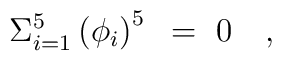
\Sigma_{i=1}^{5}\left( \phi_i \right)^5~=~0\quad,